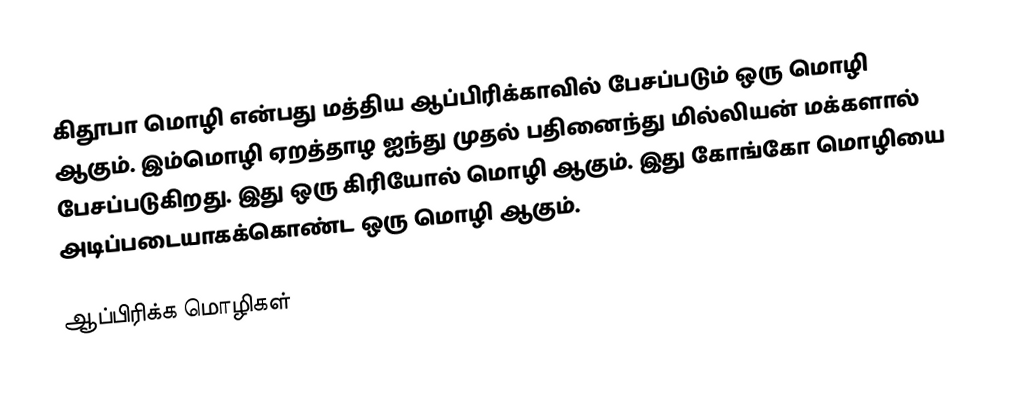
கிதூபா மொழி என்பது மத்திய ஆப்பிரிக்காவில் பேசப்படும் ஒரு மொழி ஆகும். இம்மொழி ஏறத்தாழ ஐந்து முதல் பதினைந்து மில்லியன் மக்களால் பேசப்படுகிறது. இது ஒரு கிரியோல் மொழி ஆகும். இது கோங்கோ மொழியை அடிப்படையாகக்கொண்ட ஒரு மொழி ஆகும்.

ஆப்பிரிக்க மொழிகள்